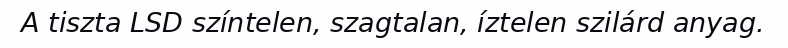
A tiszta LSD színtelen, szagtalan, íztelen szilárd anyag.